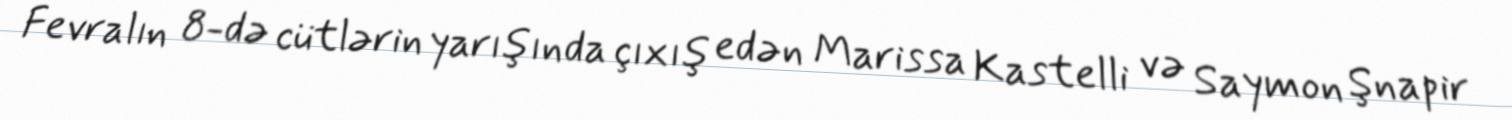
Fevralın 8-də cütlərin yarışında çıxış edən Marissa Kastelli və Saymon Şnapir